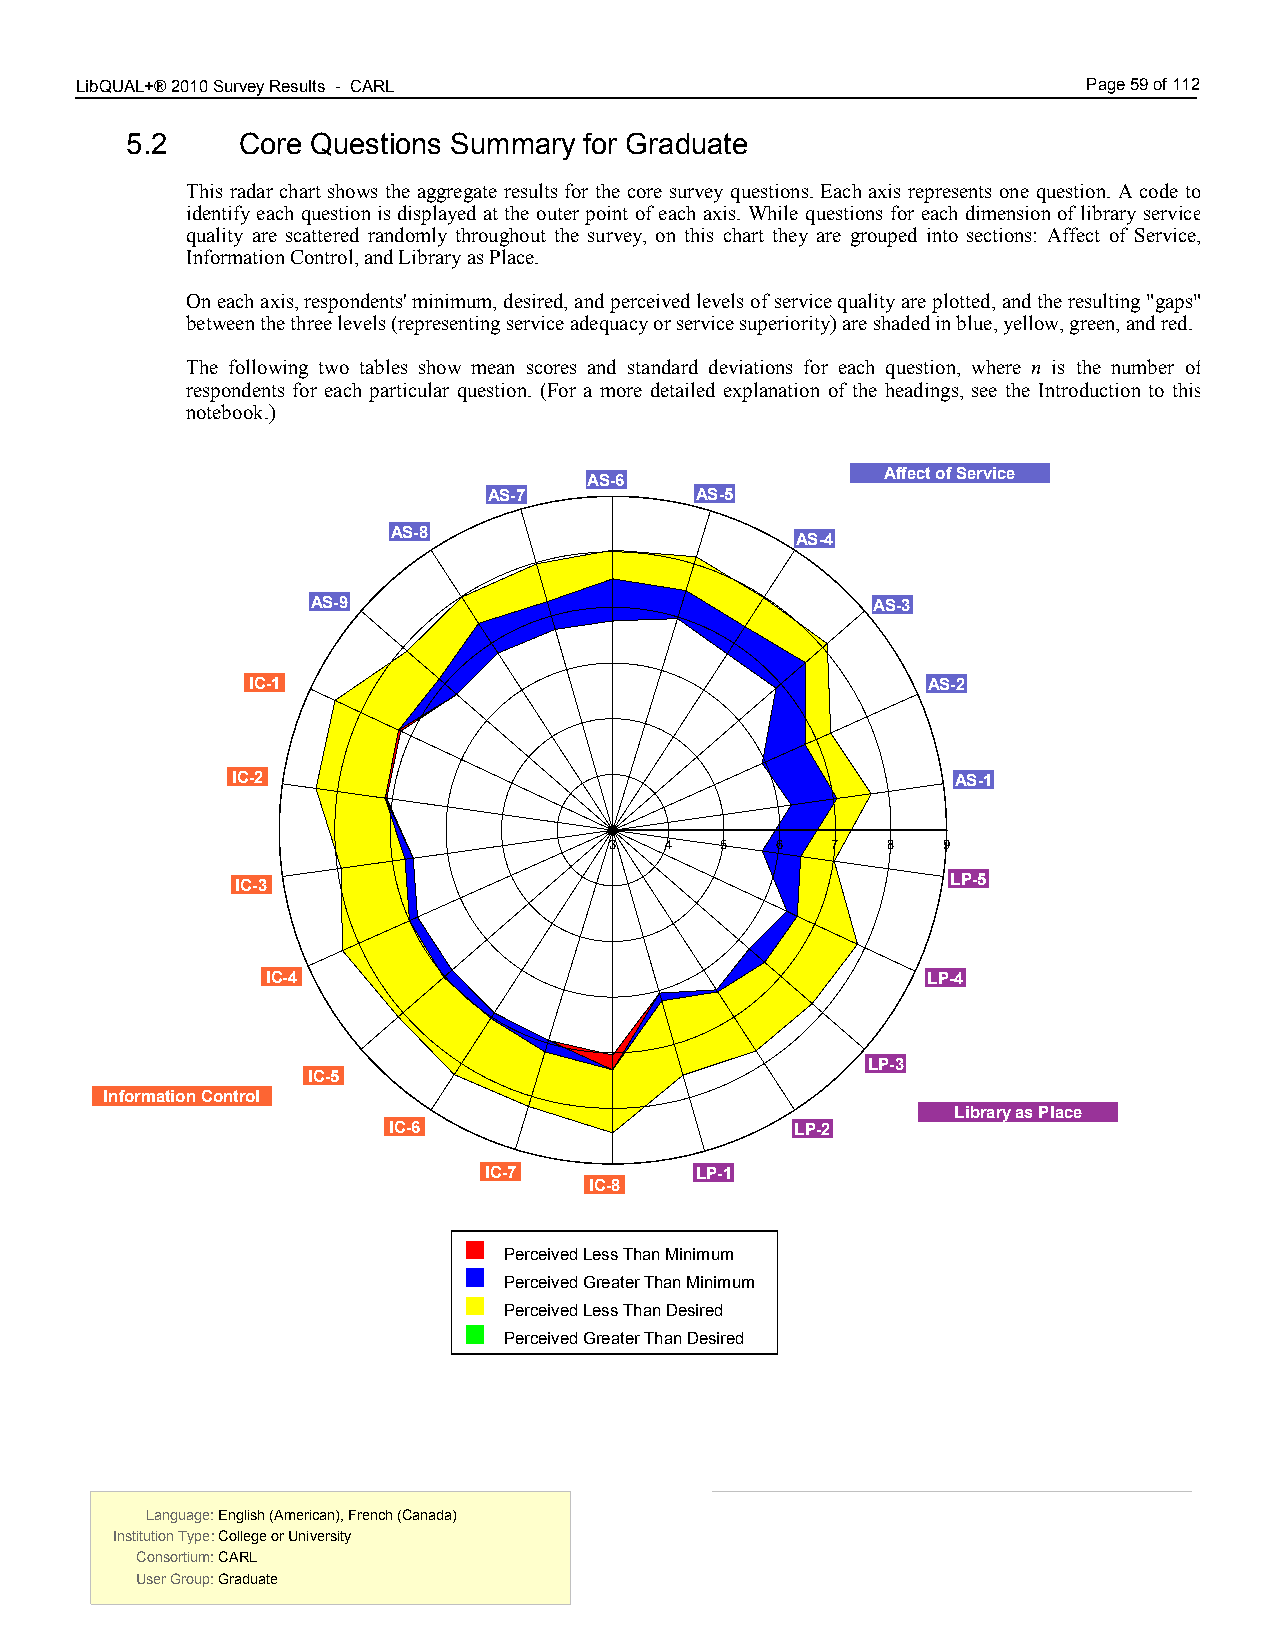
LibQUAL+® 2010 Survey Results - CARL 5.00                          Page 59 of 112
 5.2     Core Questions Summary for Graduate
 This radar chart shows the aggregate results for the core survey questions. Each axis represents one question. A code to
 identify each question is displayed at the outer point of each axis. While questions for each dimension of library service
 quality are scattered randomly throughout the survey, on this chart they are grouped into sections: Affect of Service,
 Information Control, and Library as Place.
 On each axis, respondents' minimum, desired, and perceived levels of service quality are plotted, and the resulting "gaps"
 between the three levels (representing service adequacy or service superiority) are shaded in blue, yellow, green, and red.
 The following two tables show mean scores and standard deviations for each question, where n is the number of
 respondents for each particular question. (For a more detailed explanation of the headings, see the Introduction to this
 notebook.)
 Affect of Service
 AS-6
 AS-7          AS-5
 AS-8
 AS-4
 AS-9                                 AS-3
 IC-1                                         AS-2
 IC-2                                            AS-1
 3   4   5  6   7   8  9
 IC-3                                           LP-5
 IC-4                                       LP-4
 LP-3
 IC-5
 Information Control
 Library as Place
 IC-6                       LP-2
 IC-7          LP-1
 IC-8
 Perceived Less Than Minimum
 Perceived Greater Than Minimum
 Perceived Less Than Desired
 Perceived Greater Than Desired
 Language: English (American), French (Canada) Language: English (American), French (Canada)
 Institution Type: College or University  Institution Type: College or University
 Consortium: CARL                         Consortium: CARL
 User Group: Graduate                     User Group: Graduate